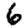
Digit: 6